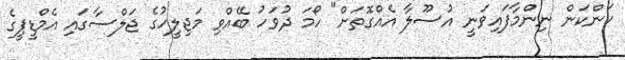
ކަންކަން ނިންމާފައިވަނީ އުސޫލާ އެއްގޮތަށް" ހޯމަ ދުވަހު ބޭއްވި މަޖިލީހުގެ ޖަލްސާގައި އެމްޑީޕީގެ